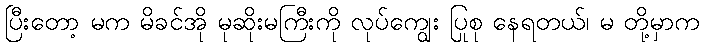
ပြီးတော့ မက မိခင်အို မုဆိုးမကြီးကို လုပ်ကျွေး ပြုစု နေရတယ်၊ မ တို့မှာက